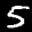
Label: 5